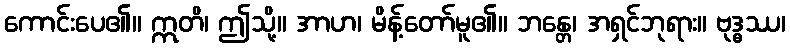
ကောင်းပေ၏။ ဣတိ၊ ဤသို့။ အာဟ၊ မိန့်တော်မူ၏။ ဘန္တေ၊ အရှင်ဘုရား။ ဗုဒ္ဓဿ၊